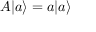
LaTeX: A | a \rangle = a | a \rangle